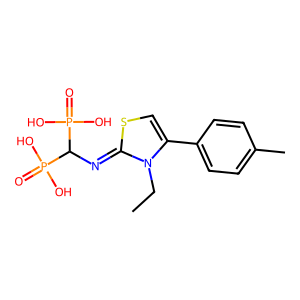
SMILES: CCn1c(-c2ccc(C)cc2)csc1=NC(P(=O)(O)O)P(=O)(O)O
Inhibits HIV replication: No